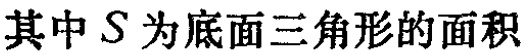
其中 \(S\) 为底面三角形的面积